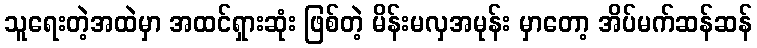
သူရေးတဲ့အထဲမှာ အထင်ရှားဆုံး ဖြစ်တဲ့ မိန်းမလှအမုန်း မှာတော့ အိပ်မက်ဆန်ဆန်